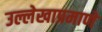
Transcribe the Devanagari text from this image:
उल्लेखाप्रमाणे